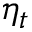
\eta _ { t }